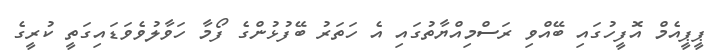
ޕީޕީއެމް އޮފީހުގައި ބޭއްވި ރަސްމިއްޔާތުގައި އެ ހަތަރު ބޭފުޅުންގެ ފޯމާ ހަވާލުވެވަޑައިގަތީ ކުރީގެ